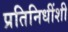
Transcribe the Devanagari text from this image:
प्रतिनिधींशी